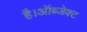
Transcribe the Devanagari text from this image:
है।ऑब्जेक्ट